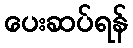
ပေးဆပ်ရန်